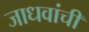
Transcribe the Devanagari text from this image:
जाधवांची